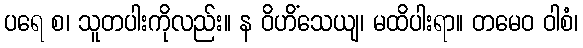
ပရေ စ၊ သူတပါးကိုလည်း။ န ဝိဟိံသေယျ၊ မထိပါးရာ။ တမေဝ ဝါစံ၊